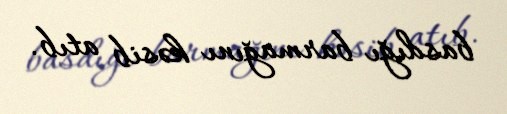
basdığı barmağını kəsib atıb.